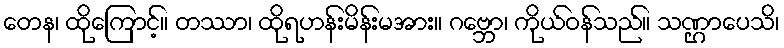
တေန၊ ထိုကြောင့်။ တဿာ၊ ထိုရဟန်းမိန်းမအား။ ဂဗ္ဘော၊ ကိုယ်ဝန်သည်။ သဏ္ဌာပေသိ၊